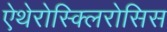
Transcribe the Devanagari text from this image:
ऐथेरोस्क्लिरोसिस